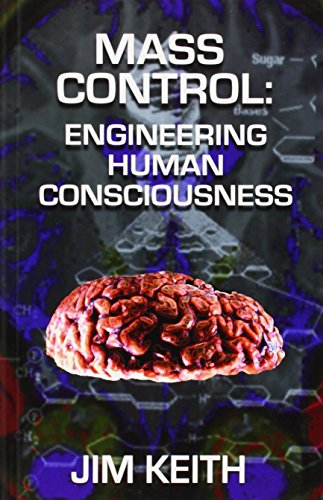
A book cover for Mass Control: Engineering Human Consciousness; Jim Keith; Science & Math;